Annual report of the Bengal Veterinary College and of the Civil Veterinary Department, Bengal, for the year 1911-1912 - 1911-1912
Year: 1911
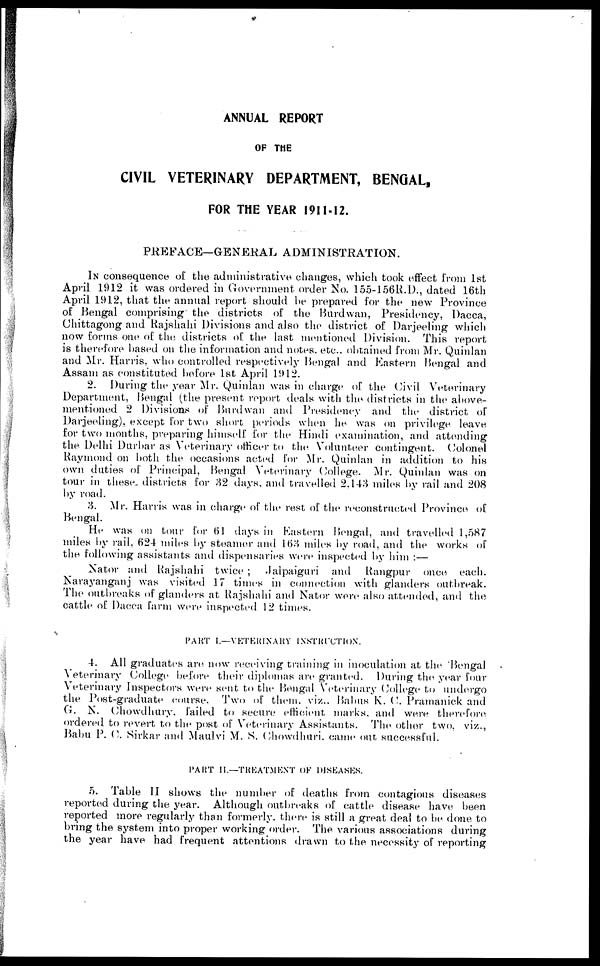
ANNUAL REPORT
OF THE
CIVIL VETERINARY DEPARTMENT, BENGAL,
FOR THE YEAR 1911-1.2.
PREFACE—GENERAL ADMINISTRATION.
IN consequence of the administrative changes, which took effect from 1st
April 1912 it was ordered in Government order No. 155-156R.D., dated 16th
April 1912, that the annual report should be prepared for the new Province
of Bengal comprising the districts of the Hurdwan, Presidency, Dacca,
Chittagong and Rajshahi Divisions and also the district of Darjeeling which
now forms one of the districts of the last mentioned Division. This report
is therefore based on the information and notes. etc.. obtained from Mr. Quinlan
and Mr. Harris, who controlled respectively Bengal and Eastern Bengal and
Assam as constituted before 1st April 1912.
2. During the year Mr. Quinlan was in charge of the Civil Veterinary
Department, Bengal (the present report deals with the districts in the above-
mentioned 2 Divisions of Burdwan and Presidency and the district of
Darjeeling), except for two short periods when he was on privilege leave
for two months, preparing himself for the Hindi examination, and attending
the Delhi Durbar as Veterinary officer to the Volunteer contingent. Colonel
Raymond on both the occasions acted for Mr. Quinlan in addition to his
own duties of Principal, Bengal Veterinary College. Mr. Quinlan was on
tour in these districts for 32 days, and travelled 2,143 miles by rail and 208
by road.
3. Mr. Harris was in charge of the rest of the reconstructed Province of
Bengal.
He was on tour for 61 days in Eastern Bengal, and travelled 1,587
miles by rail, 624 miles by steamer and 163 miles by road, and the works of
the following assistants and dispensaries were inspected by him :—
Nator and Rajshahi twice ; .Jalpaiguri and Rangpur once each.
Narayanganj was visited 17 times in connection with glanders outbreak.
The outbreaks of glanders at Rajshahi and Nator were also attended, and the
cattle of Dacca farm were inspected 12 times.
PART I.—VETERINARY INSTRUCTlON.
4. All graduates are now receiving training in inoculation at the "Bengal
Veterinary College before their diplomas are granted. During the year four
Veterinary Inspectors were sent to the Bengal Veterinary College to undergo
the Post-graduate course. Two of them, viz.. Babus K. C. Pramanick and
G. N. Chowdhury, failed to secure efficient marks, and were therefore
ordered to revert to the post of Veterinary Assistants. The other two, viz.,
Babu P. C. Sirkar and Maulvi M. S. Chowdhuri, came out successful.
PART II.—TREATMENT OF DISEASES.
5. Table II shows the number of deaths from contagious diseases
reported during the year. Although outbreaks of cattle disease have been
reported more regularly than formerly. there is still a great deal to be done to
bring the system into proper working order. The various associations during
the year have had frequent attentions drawn to the necessity of reporting